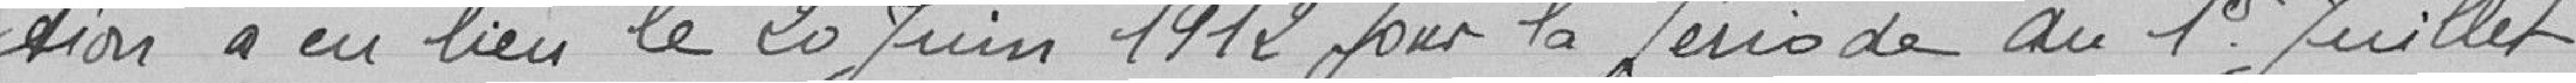
tion a eu lieu le 20 juin 1912 pour la période du 1er juillet